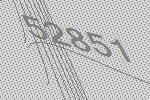
52851